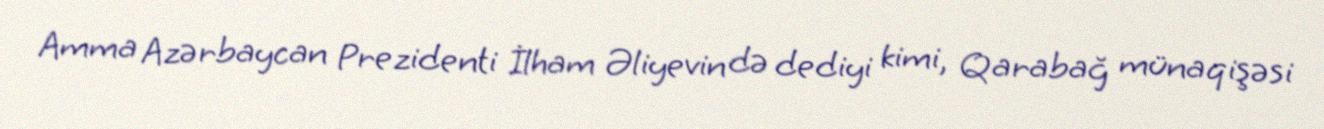
Amma Azərbaycan Prezidenti İlham Əliyevin də dediyi kimi, Qarabağ münaqişəsi